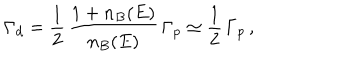
\Gamma _ { d } = \frac { 1 } { 2 } \, \frac { 1 + n _ { B } ( E ) } { n _ { B } ( E ) } \, \Gamma _ { p } \simeq \frac { 1 } { 2 } \, \Gamma _ { p } \, ,